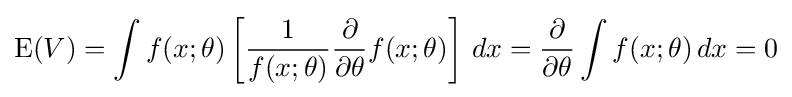
\operatorname {E} (V)=\int f(x;\theta )\left[{\frac {1}{f(x;\theta )}}{\frac {\partial }{\partial \theta }}f(x;\theta )\right]\,dx={\frac {\partial }{\partial \theta }}\int f(x;\theta )\,dx=0